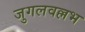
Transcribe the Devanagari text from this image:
जुगलवल्लभ